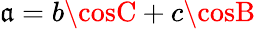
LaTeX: \mathfrak{a}=b\cosC+c\cosB